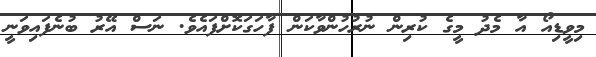
މިވީޑިއޯ އާ މެދު މީގެ ކުރިން ނުރުހުންވާކަން ފާހަގަކޮށްފައެވެ. ނަސް އޭރު ބުނެފައިވަނީ